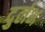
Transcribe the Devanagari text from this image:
दुर्र्लभ